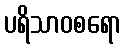
ပရိသာဝစရော